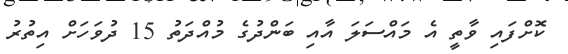
ކޮށްފައި ވާތީ އެ މައްސަލަ އާއި ބަންދުގެ މުއްދަތު 15 ދުވަހަށް އިތުރު